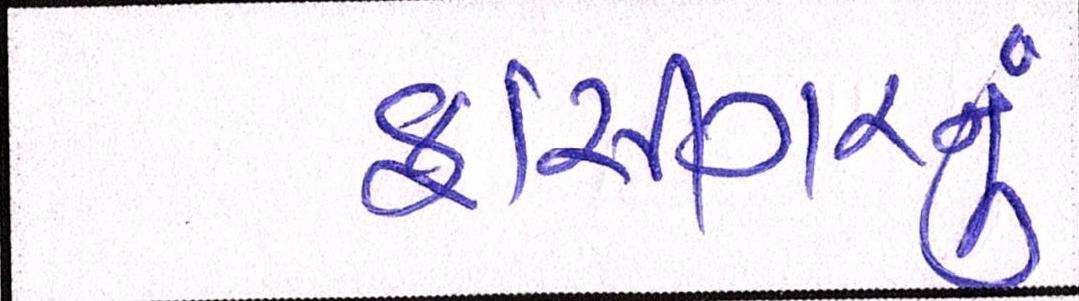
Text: ફાંસીગરનું